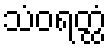
သံဝရတ္ထံ